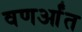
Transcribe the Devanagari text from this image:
वणर्आंत